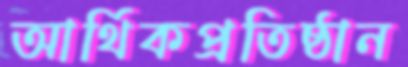
আর্থিকপ্রতিষ্ঠান